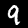
Label: 9